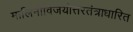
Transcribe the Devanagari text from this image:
मालिनीविजयोत्तरतंत्राधारित